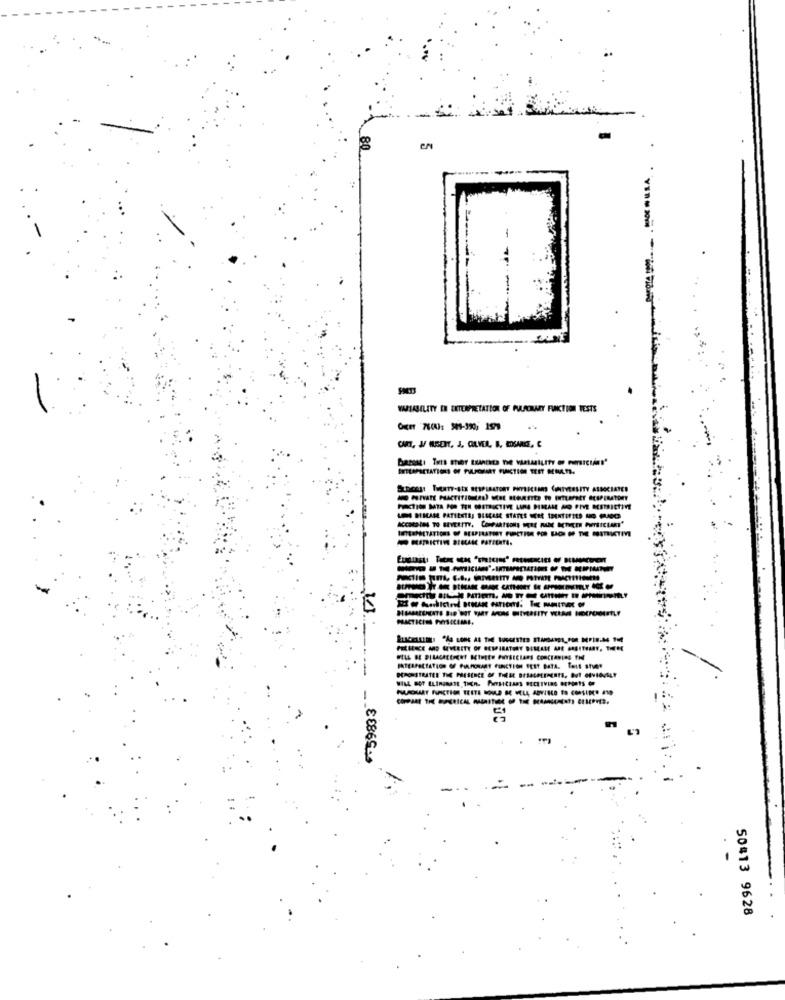
-
VARIABILITY EN EXTERPRETATION OF PURCRAZY FUNCTION TESTS
poast TweeTY-SEX RESPIRATORY PHYSICIANS CIMITVERSITY ASSOCIATED
-----
739833
-
50#13 9628